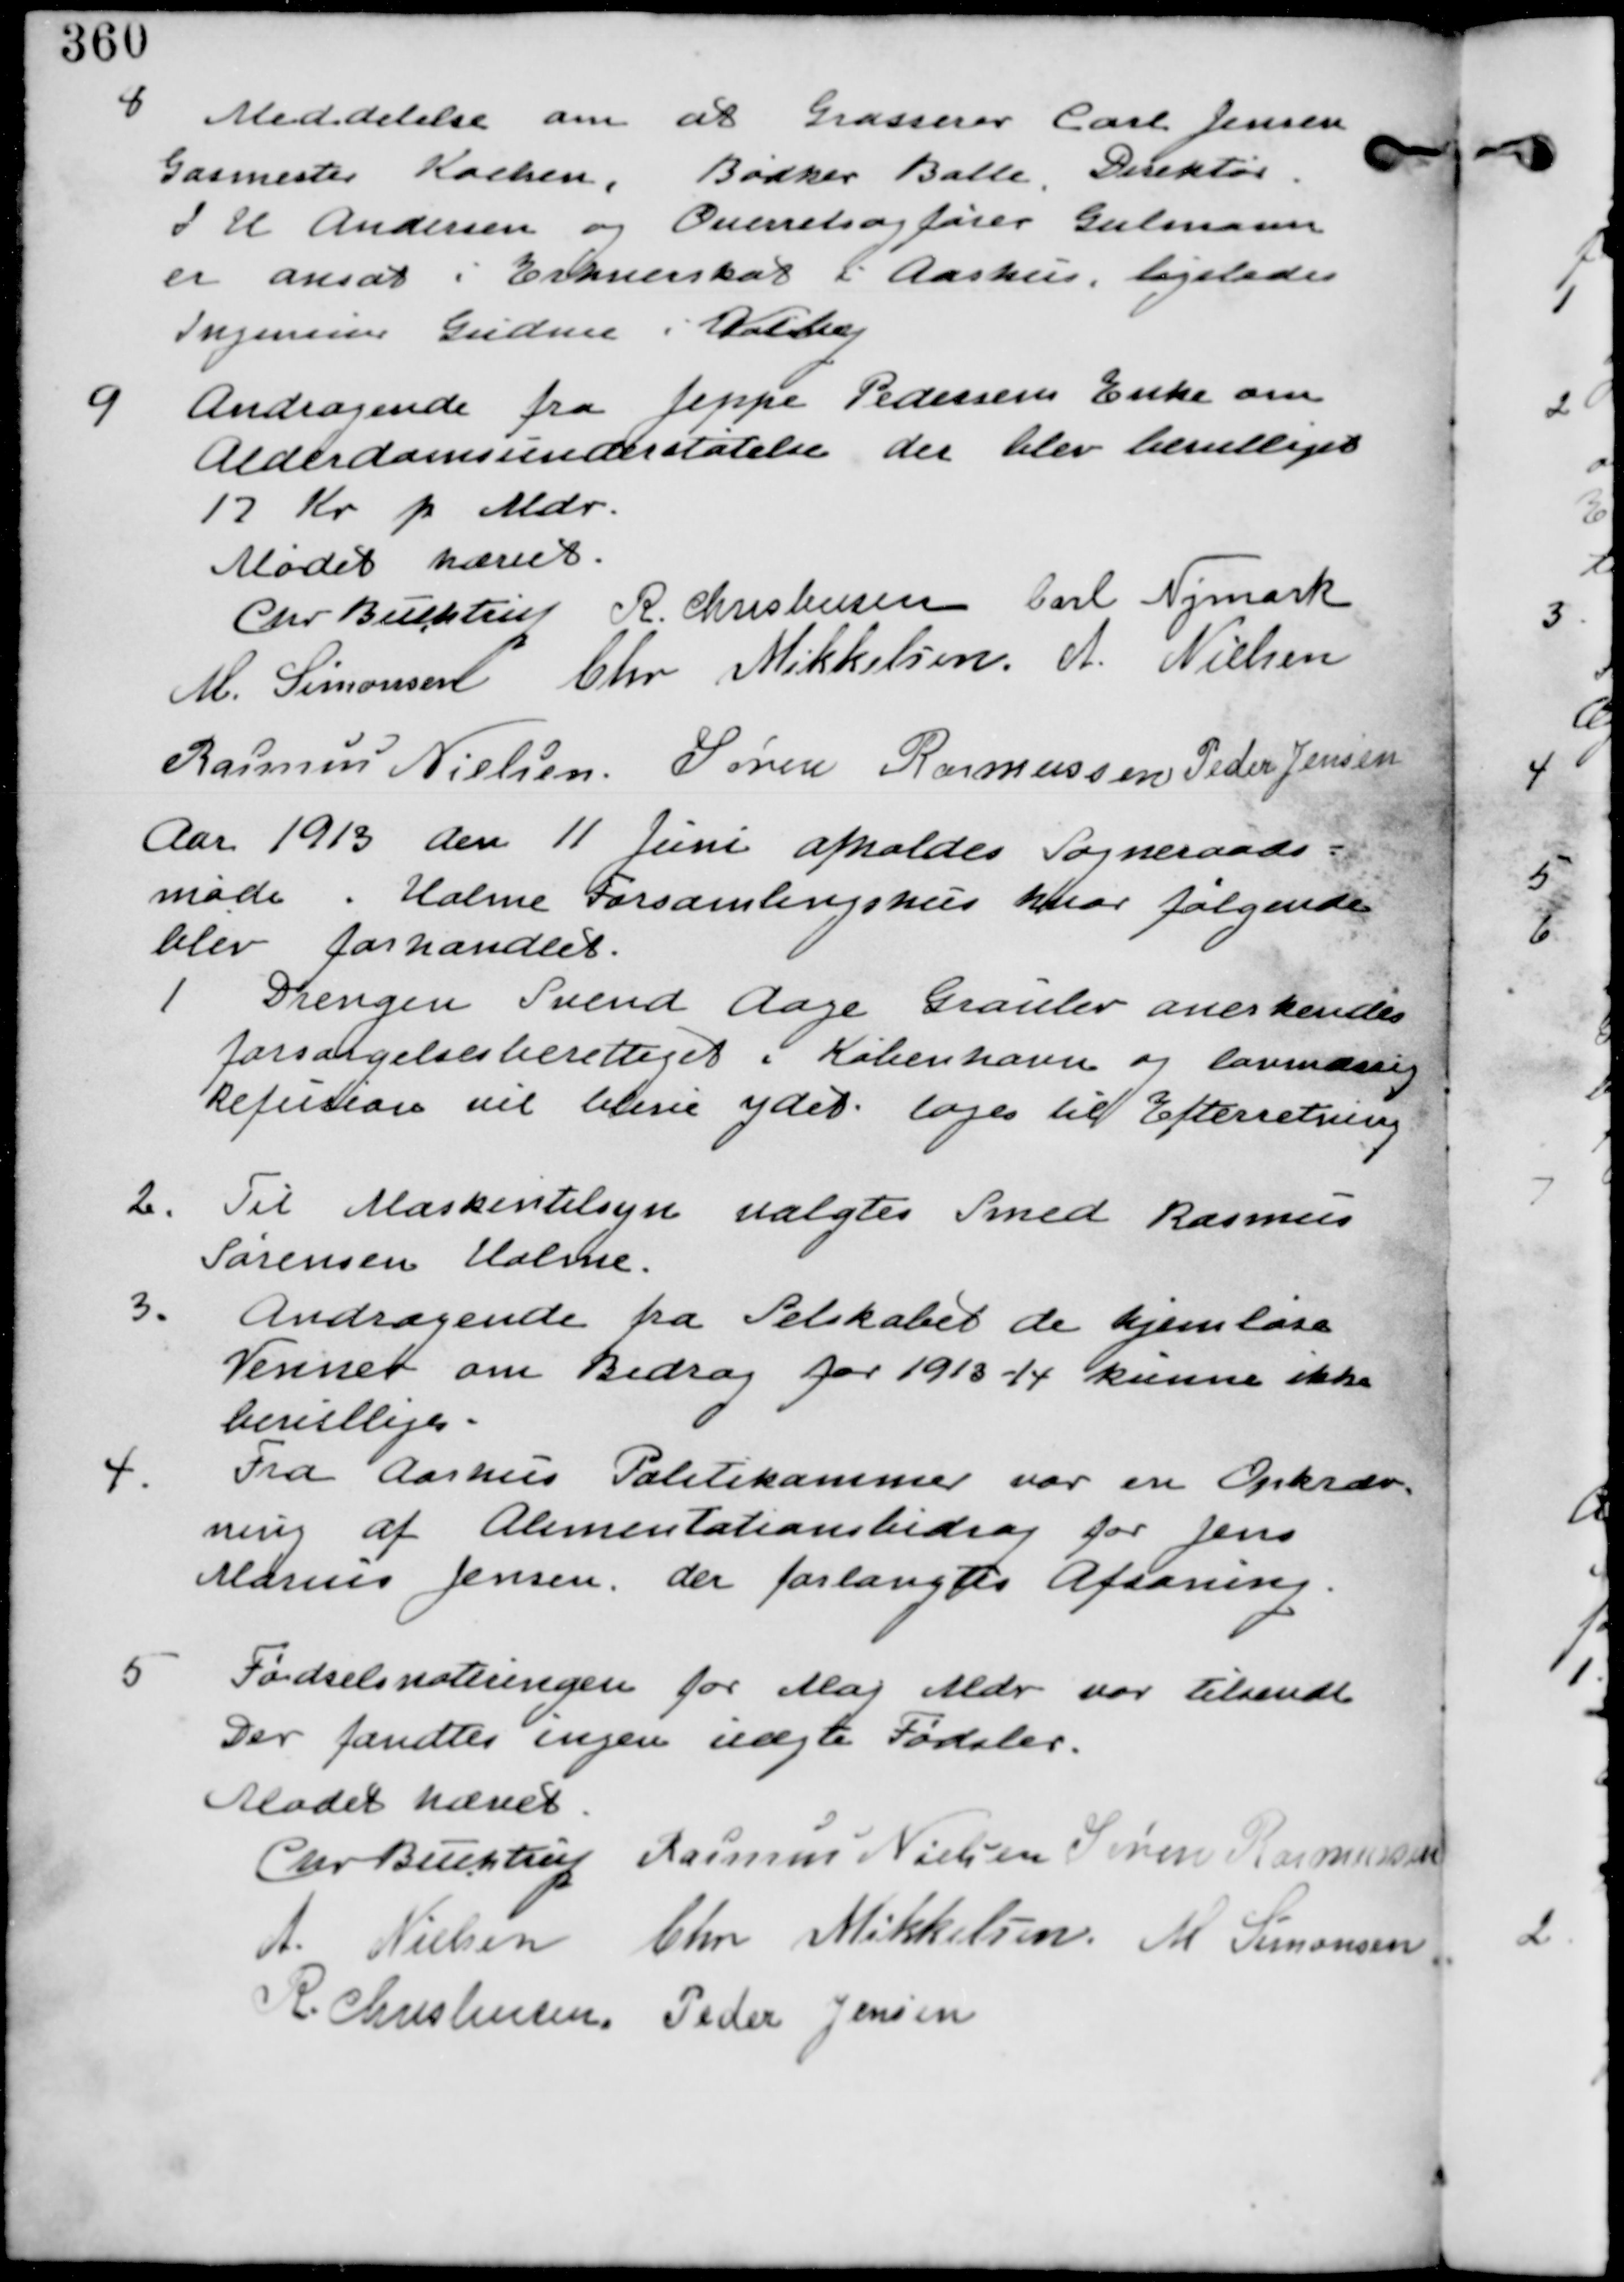
Transskription:
8. Meddelelse om at Grosserer Carl Jensen
Gasmester Kochen, Bødker Balle, Direktør
I H Andersn og Overretsagfører Gulmann
er ansat i Erhvervskat i Aarhus. ligeledes
Ingeniør Gudme i Lundshøj

9. Andragende fra Jeppe Pedersens Enke om
Alderdomsunderstøttelse der blev bevilliget
17 Kr p Mdr.

Mødet høvet.
Chr Buchtrup R. Christensen Carl Nymark
M. Simonsen Chr Mikkelsen A. Nielsen
Rasmus Nielsen. Søren Rasmussen Peder Jensen

Aar 1913 den 11. Juni afholdes Sogneraads-
møde i Holme Forsamlingshus hvor følgende
blev forhandlet.

1. Dreng en Svend Aage Grauler anerkendes
forsørgelsesberettiget i København og lovmæssig
Refusion vil blive ydet. tages til Efterretning

2. Til Maskintilsyn valgtes Smed Rasmus
Sørensen Holme.

3. Andragende fra Selskabet de hjemløse
Venner om Bidrag for 1913-14 kunne ikke
bevilliges.

4. Fra Aarhus Politikammer var en Opkræv-
ning af Alimentationsbidrag for Jens
Marius Jensen. der forlangtes Afsoning.

5. Fødselsnoteringen for Maj Mdr var tilsendt
Der fandtes ingen uægte Fødsler

Mødet hævet.
Chr Buchtrup Rasmus Nielsen Søren Rasmussen
A. Nielsen Chr Mikkelsen. M Simonsen
R. Christensen Peder Jensen